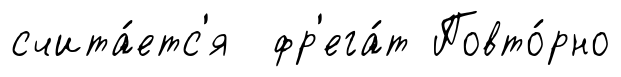
счита́етс'я фр'ега́т Повто́рно